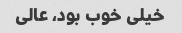
خیلی خوب بود، عالی